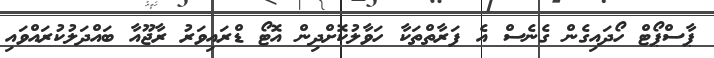
ޕާސްޕޯޓް ހޯދައިގެން ގެނެސް އެ ފަރާތްތަކާ ހަވާލުކޮށްދިން އޮޓޯ ޑްރައިވަރު ރާޖޫއާ ބައްދަލުކުރައްވައި